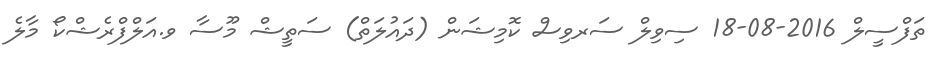
ތަފްސީލް 2016-08-18 ސިވިލް ސަރވިސް ކޮމިޝަން (ދައުލަތް) ސަތީޝް މޫސާ ވ.އަލްފްރެޝްކޯ މާލެ